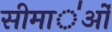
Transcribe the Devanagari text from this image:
सीमा॑ओं